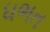
ધભત